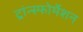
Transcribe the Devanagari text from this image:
ट्रांन्स्फोर्मेशन